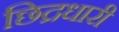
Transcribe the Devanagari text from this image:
छिद्रधारी